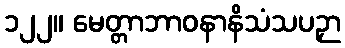
၁၂၂။ မေတ္တာဘာဝနာနိသံသပဉှာ